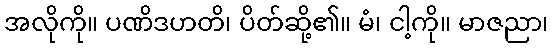
အလိုကို။ ပဏိဒဟတိ၊ ပိတ်ဆို့၏။ မံ၊ ငါ့ကို။ မာဇညာ၊